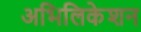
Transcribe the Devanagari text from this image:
अभिलिकेशन